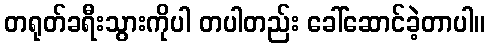
တရုတ်ခရီးသွားကိုပါ တပါတည်း ခေါ်ဆောင်ခဲ့တာပါ။